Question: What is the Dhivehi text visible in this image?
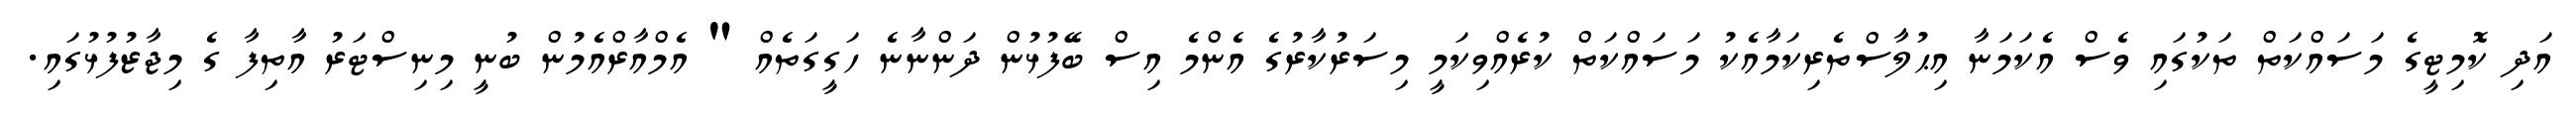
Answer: އަދި ކޮމިޓީގެ މަސައްކަތް ތަކުގައި ވެސް އެކަމަނާ އިޙުލާސްތެރިކަމާއެކު މަސައްކަތް ކުރެއްވިކަމީ މިސަރުކާރުގެ އެންމެ އިސް ބޭފުޅުން ދަންނާނެ ހަގީގަތެއް " އެމްއާރްއެމުން ބުނީ މިނިސްޓަރު އާތިފާ ގެ މިޖާޒުފުޅުގައި.